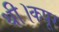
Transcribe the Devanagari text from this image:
थी।कपूर